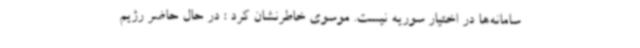
سامانه‌ها در اختیار سوریه نیست. موسوی خاطرنشان کرد : در حال حاضر رژیم